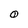
Character: 0